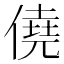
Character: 僥